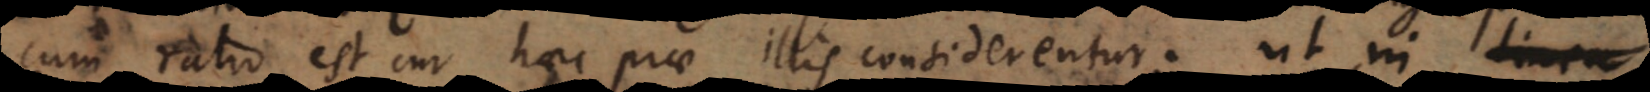
cum ratio est cur haec prae illis considerentur. Ut in linea